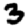
Digit: 3